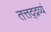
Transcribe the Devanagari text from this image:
तत्तद्द्रव्यं